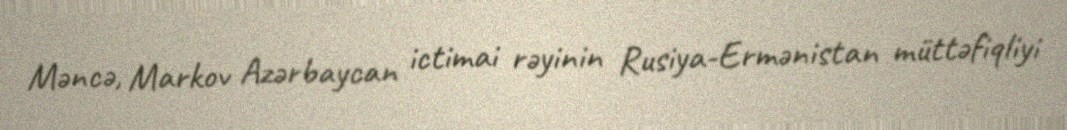
Məncə, Markov Azərbaycan ictimai rəyinin Rusiya-Ermənistan müttəfiqliyi